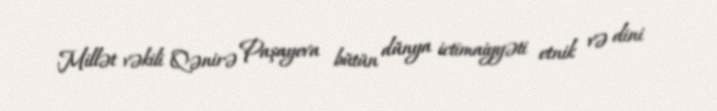
Millət vəkili Qənirə Paşayeva bütün dünya ictimaiyyəti etnik və dini